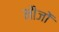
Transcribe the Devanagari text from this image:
मौजों